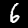
Digit: 6